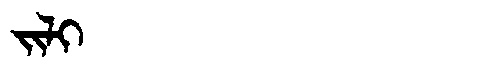
Manchu: ᠵᡳᠯᡳ
Romanization: JILI